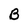
Character: B